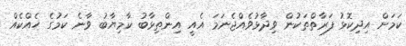
ކަމަށް އިދިކޮޅު ފަރާތްތަކުން ވިދާޅުވެއްޖެނަމަ އެއީ އިންތިޅާބު ކާމިޔާބު ވާނެ ކަމުގެ ހެއްކެއް